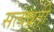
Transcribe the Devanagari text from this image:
सत्यव्रती